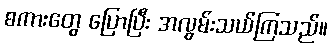
စကားတွေ ပြောပြီး အလွမ်းသယ်ကြသည်။